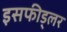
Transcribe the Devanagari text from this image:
इसफीड्लर